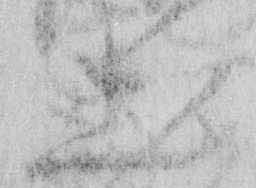
出